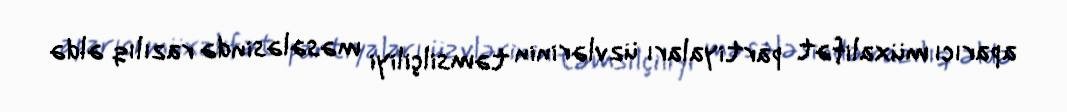
aparıcı müxalifət partiyaları üzvlərinin təmsilçiliyi məsələsində razılıq əldə